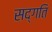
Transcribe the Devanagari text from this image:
सद्‍गति